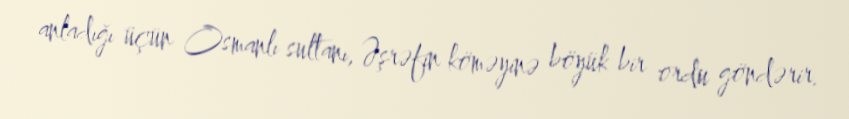
anladığı üçün Osmanlı sultanı, Əşrəfin köməyinə böyük bir ordu göndərir.